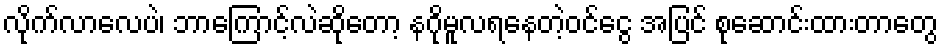
လိုက်လာလေပဲ၊ ဘာကြောင့်လဲဆိုတော့ နဂိုမူလရနေတဲ့ဝင်ငွေ အပြင် စုဆောင်းထားတာတွေ